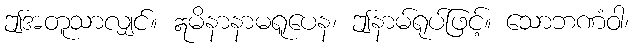
ဤအတူသာလျှင်။ ဣမိနာနာမရူပေန၊ ဤနာမ်ရုပ်ဖြင့်။ သောဘဏံဝါ၊